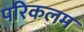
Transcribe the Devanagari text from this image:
परिकलम